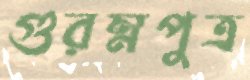
গুরম্নপুত্র